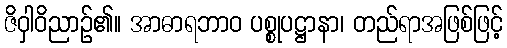
ဇိဝှါဝိညာဉ်၏။ အာဓာရဘာဝ ပစ္စုပဋ္ဌာနာ၊ တည်ရာအဖြစ်ဖြင့်